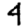
Digit: 4